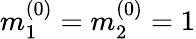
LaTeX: m_{1}^{(0)}=m_{2}^{(0)}=1